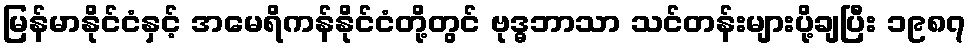
မြန်မာနိုင်ငံနှင့် အမေရိကန်နိုင်ငံတို့တွင် ဗုဒ္ဓဘာသာ သင်တန်းများပို့ချပြီး ၁၉၈၇